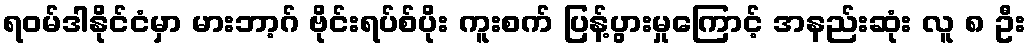
ရဝမ်ဒါနိုင်ငံမှာ မားဘာ့ဂ် ဗိုင်းရပ်စ်ပိုး ကူးစက် ပြန့်ပွားမှုကြောင့် အနည်းဆုံး လူ ၈ ဦး